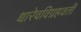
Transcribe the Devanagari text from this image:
धारेवविग्रहवती